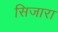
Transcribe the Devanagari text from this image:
सिजारा